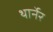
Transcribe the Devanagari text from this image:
थार्नेर